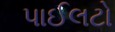
પાઈલટો